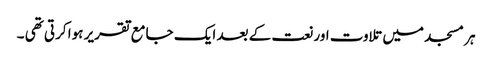
ہر مسجد میں تلاوت اور نعت کے بعد ایک جامع تقریر ہوا کرتی تھی ۔